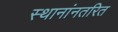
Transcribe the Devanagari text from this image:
स्थानांनतरित